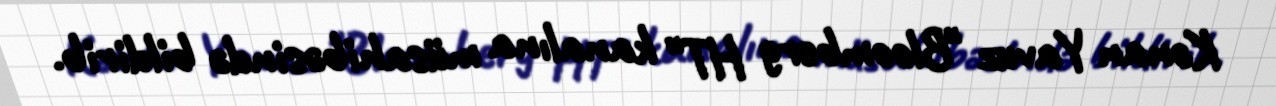
Kənan Yavuz "Bloomberg HT" kanalına müsahibəsində bildirib.